Vital statistics of India. Vol. V, Reports of 1876 on armies & jails and on epidemic cholera
Year: 1876
Disease focus: Cholera
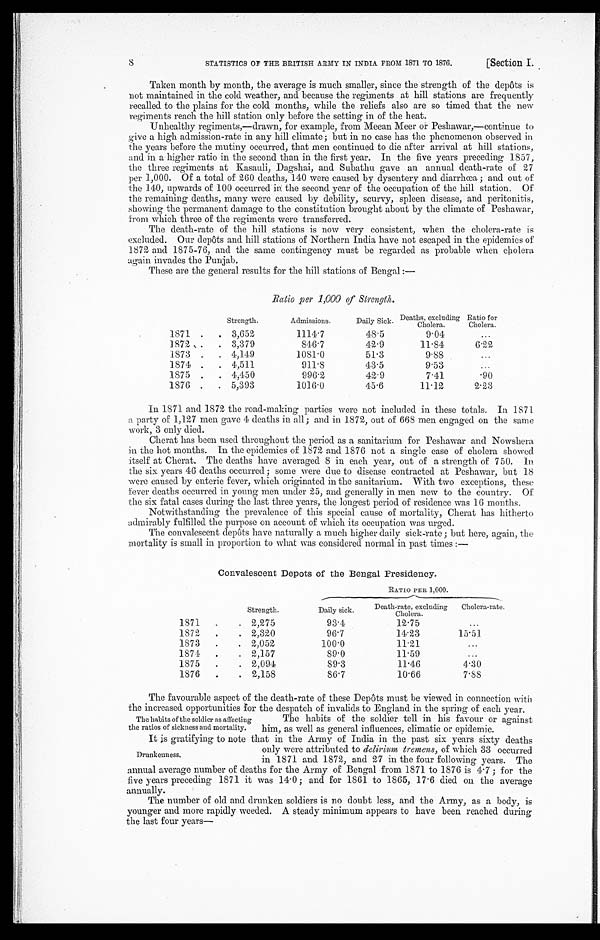
STATISTICS OF THE BRITISH ARMY IN INDIA FROM 1871 TO 1876.
[Section I.
Taken month by month, the average is much smaller, since the strength of the depôts is
not maintained in the cold weather, and because the regiments at hill stations are frequently
recalled to the plains for the cold months, while the reliefs also are so timed that the new
regiments reach the hill station only before the setting in of the heat.
Unhealthy regiments,—drawn, for example, from Meean Meer or Peshawar,—continue to
give a high admission-rate in any hill climate ; but in no case has the phenomenon observed in
the years before the mutiny occurred, that men continued to die after arrival at hill stations,
and in a higher ratio in the second than in the first year. In the five years preceding 1857,
the three regiments at Kasauli, Dagshai, and Subathu gave an annual death-rate of 27
per 1,000. Of a total of 260 deaths, 140 were caused by dysentery and diarrhœa ; and out of
the 140, upwards of 100 occurred in the second year of the occupation of the hill station. Of
the remaining deaths, many were caused by debility, scurvy, spleen disease, and peritonitis,
showing the permanent damage to the constitution brought about by the climate of Peshawar,
f r o m w h i c h t h r e e o f t h e r e g i m e n t s w e r e t r a n s f e r r e d .
The death-rate of the hill stations is now very consistent, when the cholera-rate is
excluded. Our depôts and hill stations of Northern India have not escaped in the epidemics of
1872 and 1875-76, and the same contingency must be regarded as probable when cholera
a g a i n i n v a d e s t h e p u n j a b .
These are the general results for the hill stations of Bengal :—
Ratio per 1,000 of Strength.
Strength.
Admissions.
Daily Sick. Deaths, excluding
Cholera.
Ratio for
Cholera.
1871 .
. 3,652
1114.7
48.5
9.04
...
1872 .
. 3,379
846.7
42.9
11.84
6.22
1873 .
. 4,149
1081.0
51.3
9.88
...
1874 .
. 4,511
911.8
43.5
9.53
...
1875 .
. 4,450
996.2
42.9
7.41
.90
1876 .
. 5,393
1016.0
45.6
11.12
2.23
In 1871 and 1872 the road-making parties were not included in these totals. In 1871
a party of 1,127 men gave 4 deaths in all; and in 1872, out of 668 men engaged on the same
work, 3 only died.
Cherat has been used throughout the period as a sanitarium for Peshawar and Nowshera
in the hot months. In the epidemics of 1872 and 1876 not a single case of cholera showed
itself at Cherat. The deaths have averaged 8 in each year, out of a strength of 750. In
the six years 46 deaths occurred; some were due to disease contracted at Peshawar, but 18
were caused by enteric fever, which originated in the sanitarium. With two exceptions, these
fever deaths occurred in young men under 25, and generally in men new to the country. Of
the six fatal cases during the last three years, the longest period of residence was 16 months.
Notwithstanding the prevalence of this special cause of mortality, Cherat has hitherto
admirably fulfilled the purpose on account of which its occupation was urged.
The convalescent depôts have naturally a much higher daily sick-rate ; but here, again, the
mortality is small in proportion to what was considered normal in past times :—
Convalescent Depots of the Bengal Presidency.
RATIO PER 1,000.
S t r e n g t h .
Daily sick .
D e a t h - r a t e , e x c l u d i n g
Cholera.
Cholera-rate.
1871 .
. 2,275
93.4
1 2 . 7 5
...
1872
.
. 2,320
96.7
14.23
15.51
1873
.
. 2,052
100.0
11.21
...
1874
.
. 2,157
89.0
11.59
...
1875
.
. 2,094
89.3
11.46
4.30
1876
.
. 2,158
86.7
10.66
7.88
The favourable aspect of the death-rate of these Depôts must be viewed in connection with
the increased opportunities for the despatch of invalids to England in the spring of each year.
The habits of the soldier as affecting
the ratios of sickness and mortality.
The habits of the soldier tell in his favour or against
him, as well as general influences. climatic or epidemic.
It is gratifying to note that in the Army of India in the past six years sixty deaths
Drunkenness,
only were attributed to delirium tremens, of which 33 occurred
in 1871 and 1872, and 27 in the four following years. The
annual average number of deaths for the Army of Bengal from 1871 to 1876 is 4.7 ; for the
five years preceding 1871 it was 14.0; and for 1861 to 1865, 17.6 died on the average
annually.
The number of old and drunken soldiers is no doubt less, and the Army, as a body, is
younger and more rapidly weeded. A steady minimum appears to have been reached during
the last four years—